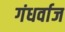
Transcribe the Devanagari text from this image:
गंधर्वाज